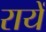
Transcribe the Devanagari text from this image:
रायें